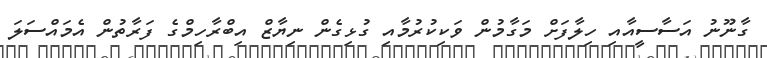
ގާނޫނު އަސާސީއާއި ހިލާފަށް މަގާމުން ވަކިކުރުމާއި ގުޅިގެން ނިޔާޒް އިބްރާހިމްގެ ފަރާތުން އެމައްސަލަ